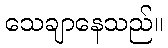
သေချာနေသည်။